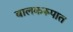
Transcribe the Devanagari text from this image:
बालकरूपात